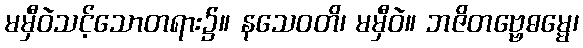
မမှီဝဲသင့်သောတရား၌။ နသေဝတိ၊ မမှီဝဲ။ ဘဇိတဗ္ဗေဓမ္မေ၊